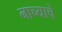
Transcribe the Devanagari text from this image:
नाच्याचे